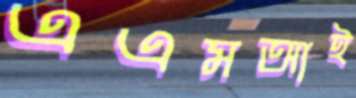
এএমআই